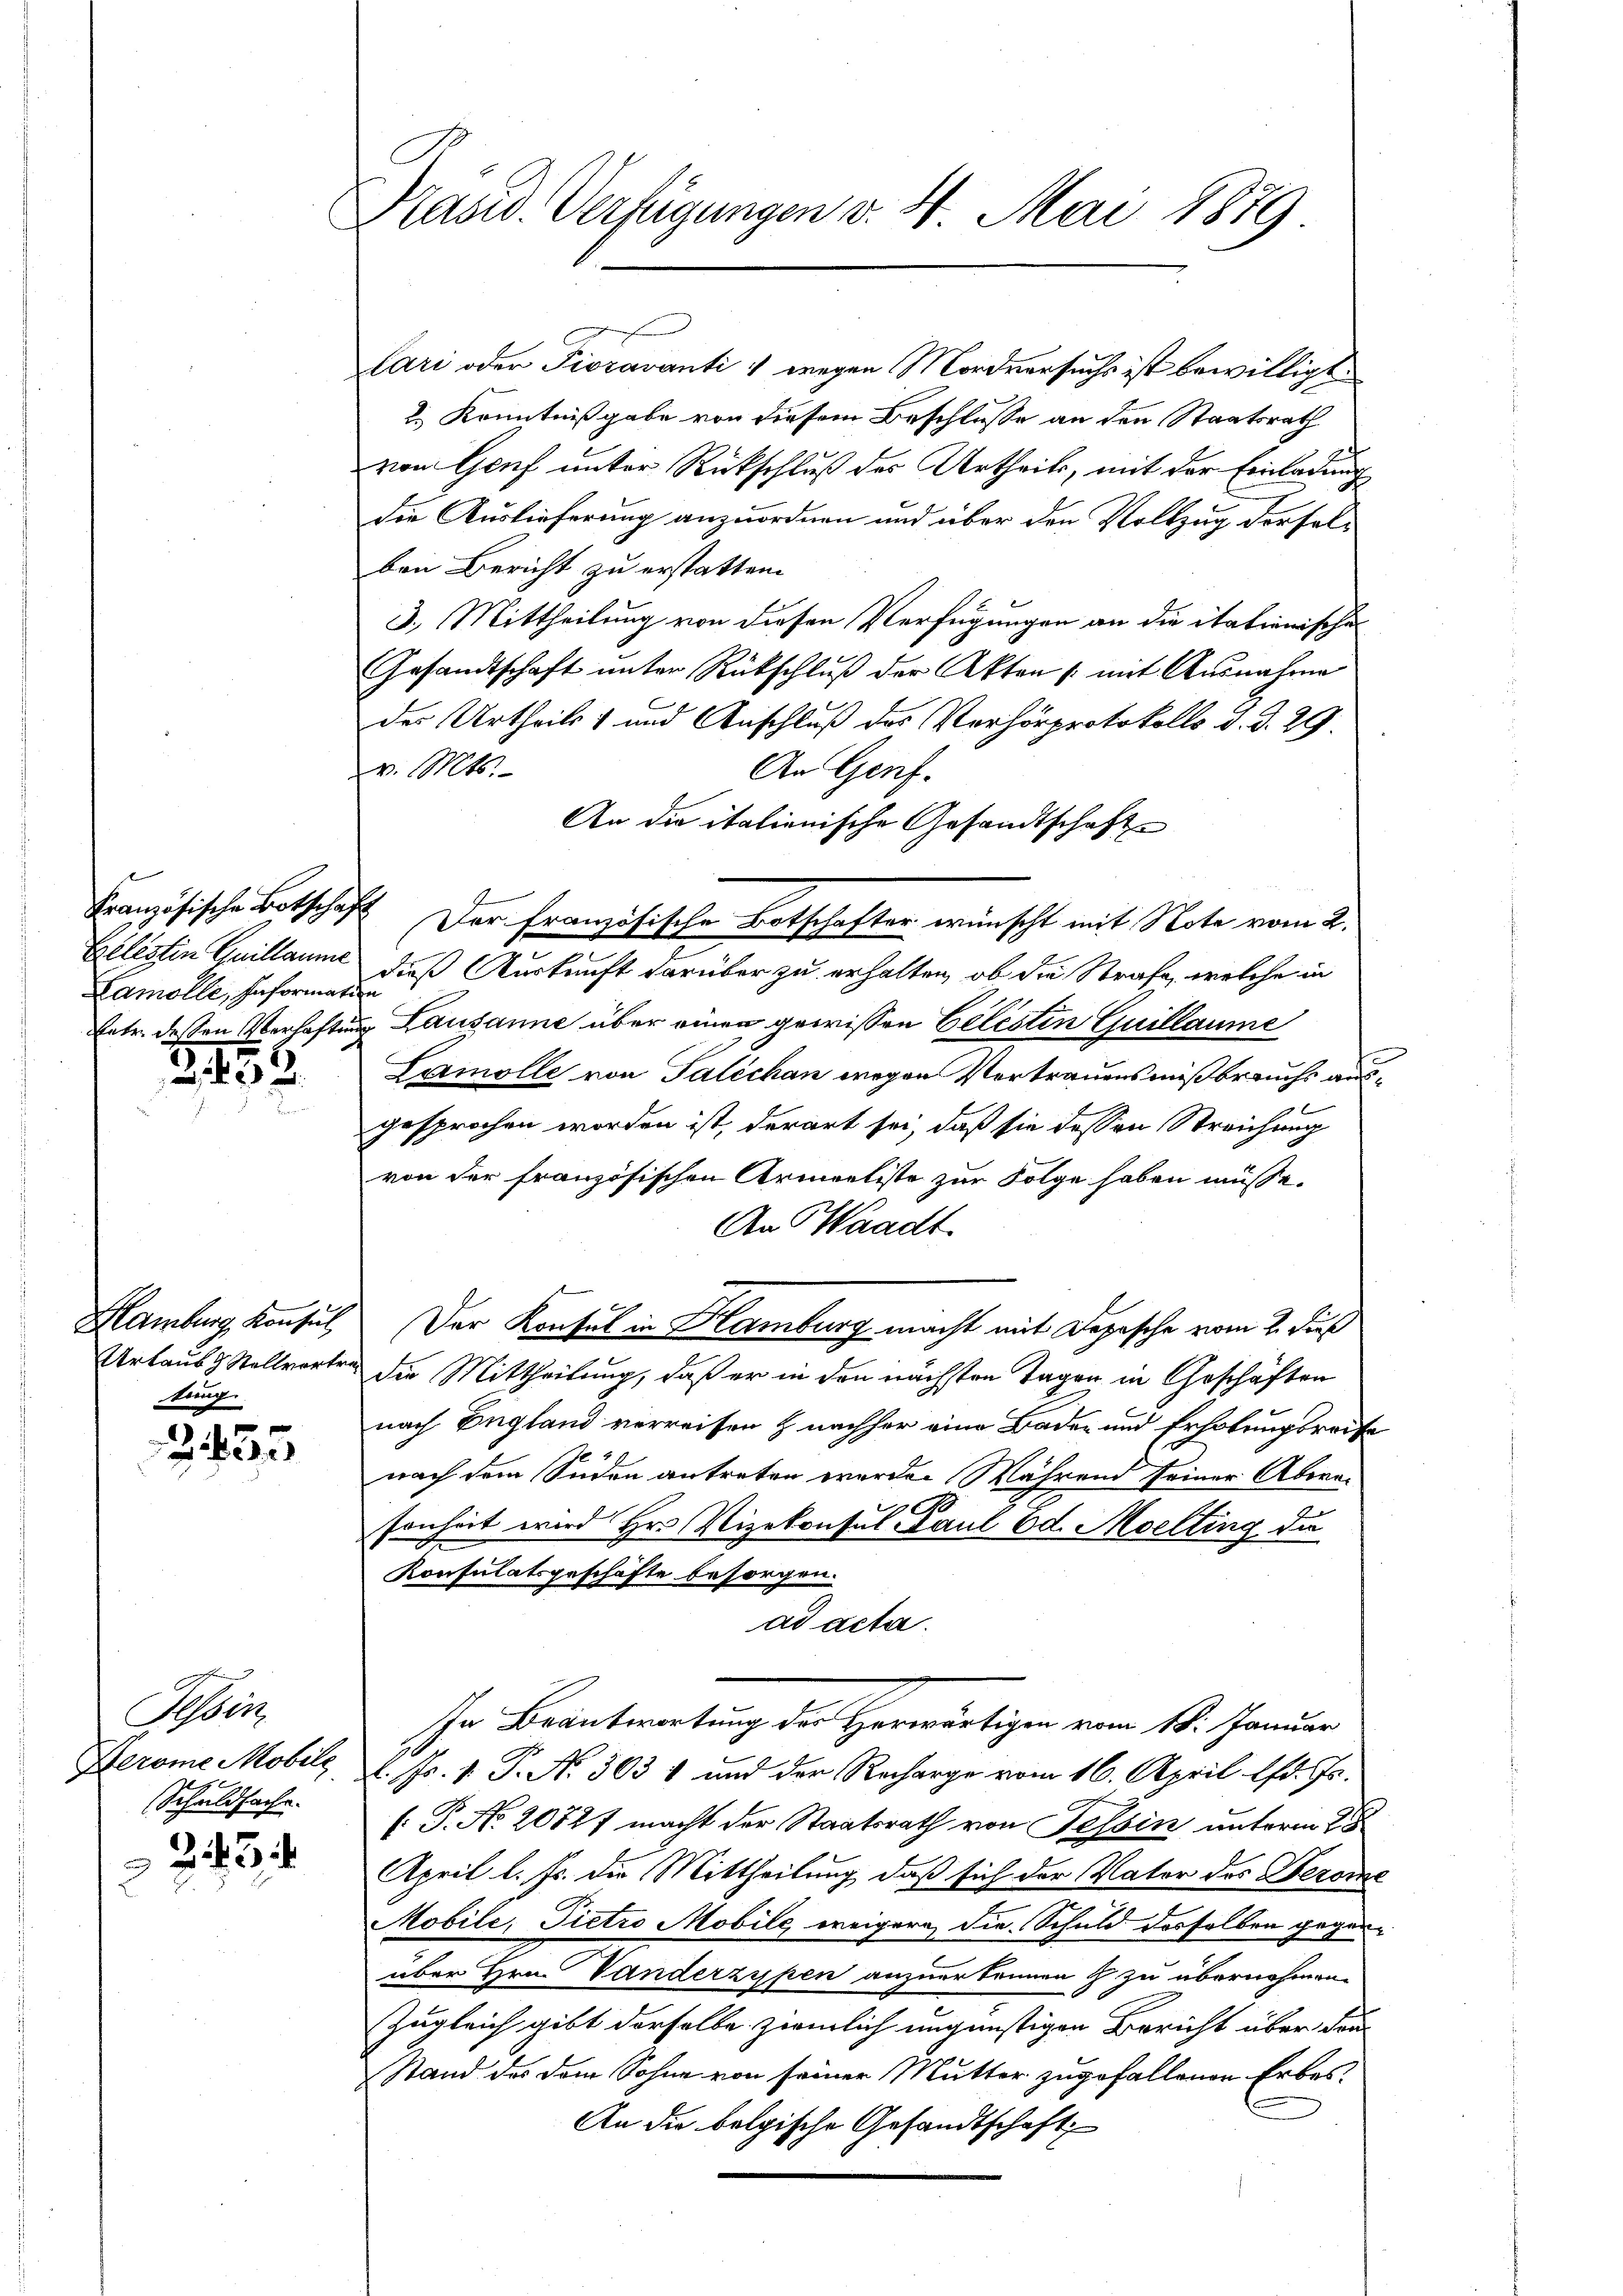
Lamolle, Informatin

3455.

Hamburg, Konsul
tung

2435

Seben
Herome Mobile
Schuldsache.
243

Präsid. Verfügungen v. 4. Mai 1879

lari oder Fioravanti & wegen Mordversuchs ist bewilligt.
2. Kenntnißgabe von diesem Beschlusse an den Staatsrath
von Genf unter Rückschluß des Urtheils, mit der Einladung
die Auslieferung anzuordnen und über den Vollzug derselben Bericht zu erstatten.
3.) Mittheilung von diesen Verfügungen an die itationischen
Gesandtschaft unter Rückschlŭβ der Akten /: mit Ausnahme
des Urtheils und Anschluß des Verhörprotokolls d. d. 29.
v. Mts.
An Genf.
An die italienische Gesandtschaft
Belistin Guillaume, daß Auskunft darüber zu erhalten, ob die Strafe, welche in
Eetr. dessen Verhaftung Lausanne über einen gewissen Celesten Guillaume
Lamolle von Taléchan wegen Vertrauensmißbrauchs ausgesprochen worden ist, derart sei, daß sie dessen Streichung
von der französischen Armeeliste zur Folge haben müsse.
An Waadt.
Der Konsul in Hamburg macht mit Depesche vom 2. dieß
Urtaus & Stellvertre die Mittheilung, daß er in den nächsten Tagen in Geschäften
nach England verreisen & nachher eine Baden und Erholungsreise
nach dem Süden antreten werde. Während seiner Abera¬
.
sonheit wird Hr. Vizekonsul Paul od. Moelling da
Konsulatsgeschäfte besorgen.
ad acta.
In Beantwortung der Herwärtigen vom 18. Januar
l. Js. v. P. N. 3031 und der Recharge vom 16. April lfd. Js.
[: P. No 2072f macht der Staatsrath von Tessin unterm 25
April l. Js. die Mittheilung, daß sich der Vater des Berome
Mobile, Pietro Mobile weigern, die Schuld desselben gegenüber Hrn. Vanderzypen anzuerkennen & zu übernohmen.
Zugleich gibt derselbe ziemlich ungünstigen Bericht über die
Stand des dem Sohne von seiner Mutter zugefallenen Erbes¬
An die belgische Gesandtschaft

Französische Botschaft. Der französische Botschafter wünscht mit Note vom 2.